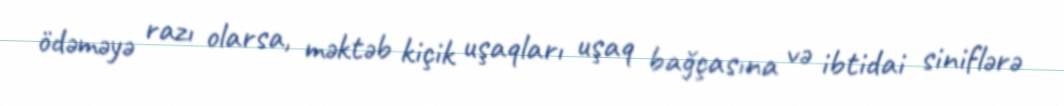
ödəməyə razı olarsa, məktəb kiçik uşaqları uşaq bağçasına və ibtidai siniflərə